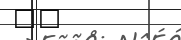
٢٥